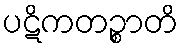
ပဋိကတဉ္စာတိ